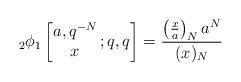
LaTeX: \begin{align*}{}_{2}\phi_{1}\left[ \begin{matrix} a, q^{-N} \\x \end{matrix} \, ; q, q \right] = \frac{\left(\frac{x}{a}\right)_N a^N}{(x)_N} \end{align*}